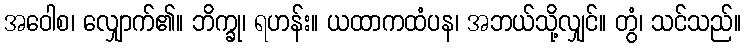
အဝေါစ၊ လျှောက်၏။ ဘိက္ခု၊ ရဟန်း။ ယထာကထံပန၊ အဘယ်သို့လျှင်။ တွံ၊ သင်သည်။